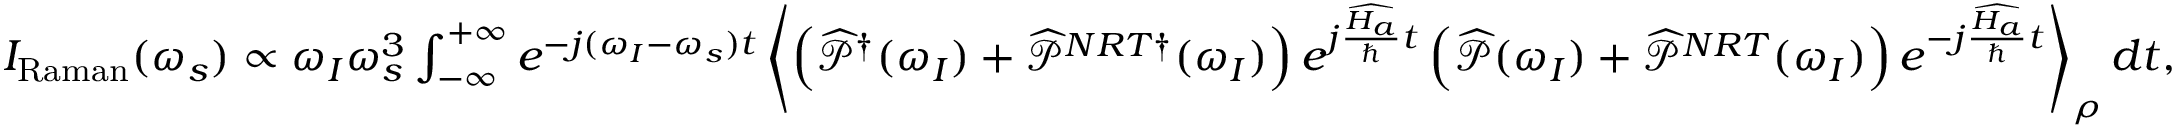
\begin{array} { r } { I _ { \mathrm { R a m a n } } ( \omega _ { s } ) \propto \omega _ { I } \omega _ { s } ^ { 3 } \int _ { - \infty } ^ { + \infty } e ^ { - j ( \omega _ { I } - \omega _ { s } ) t } \left\langle \left( \widehat { \mathcal { P } } ^ { \dagger } ( \omega _ { I } ) + \widehat { \mathcal { P } } ^ { N R T \dagger } ( \omega _ { I } ) \right) e ^ { j \frac { \widehat { H _ { a } } } { \hbar } t } \left( \widehat { \mathcal { P } } ( \omega _ { I } ) + \widehat { \mathcal { P } } ^ { N R T } ( \omega _ { I } ) \right) e ^ { - j \frac { \widehat { H _ { a } } } { \hbar } t } \right\rangle _ { \rho } d t , } \end{array}